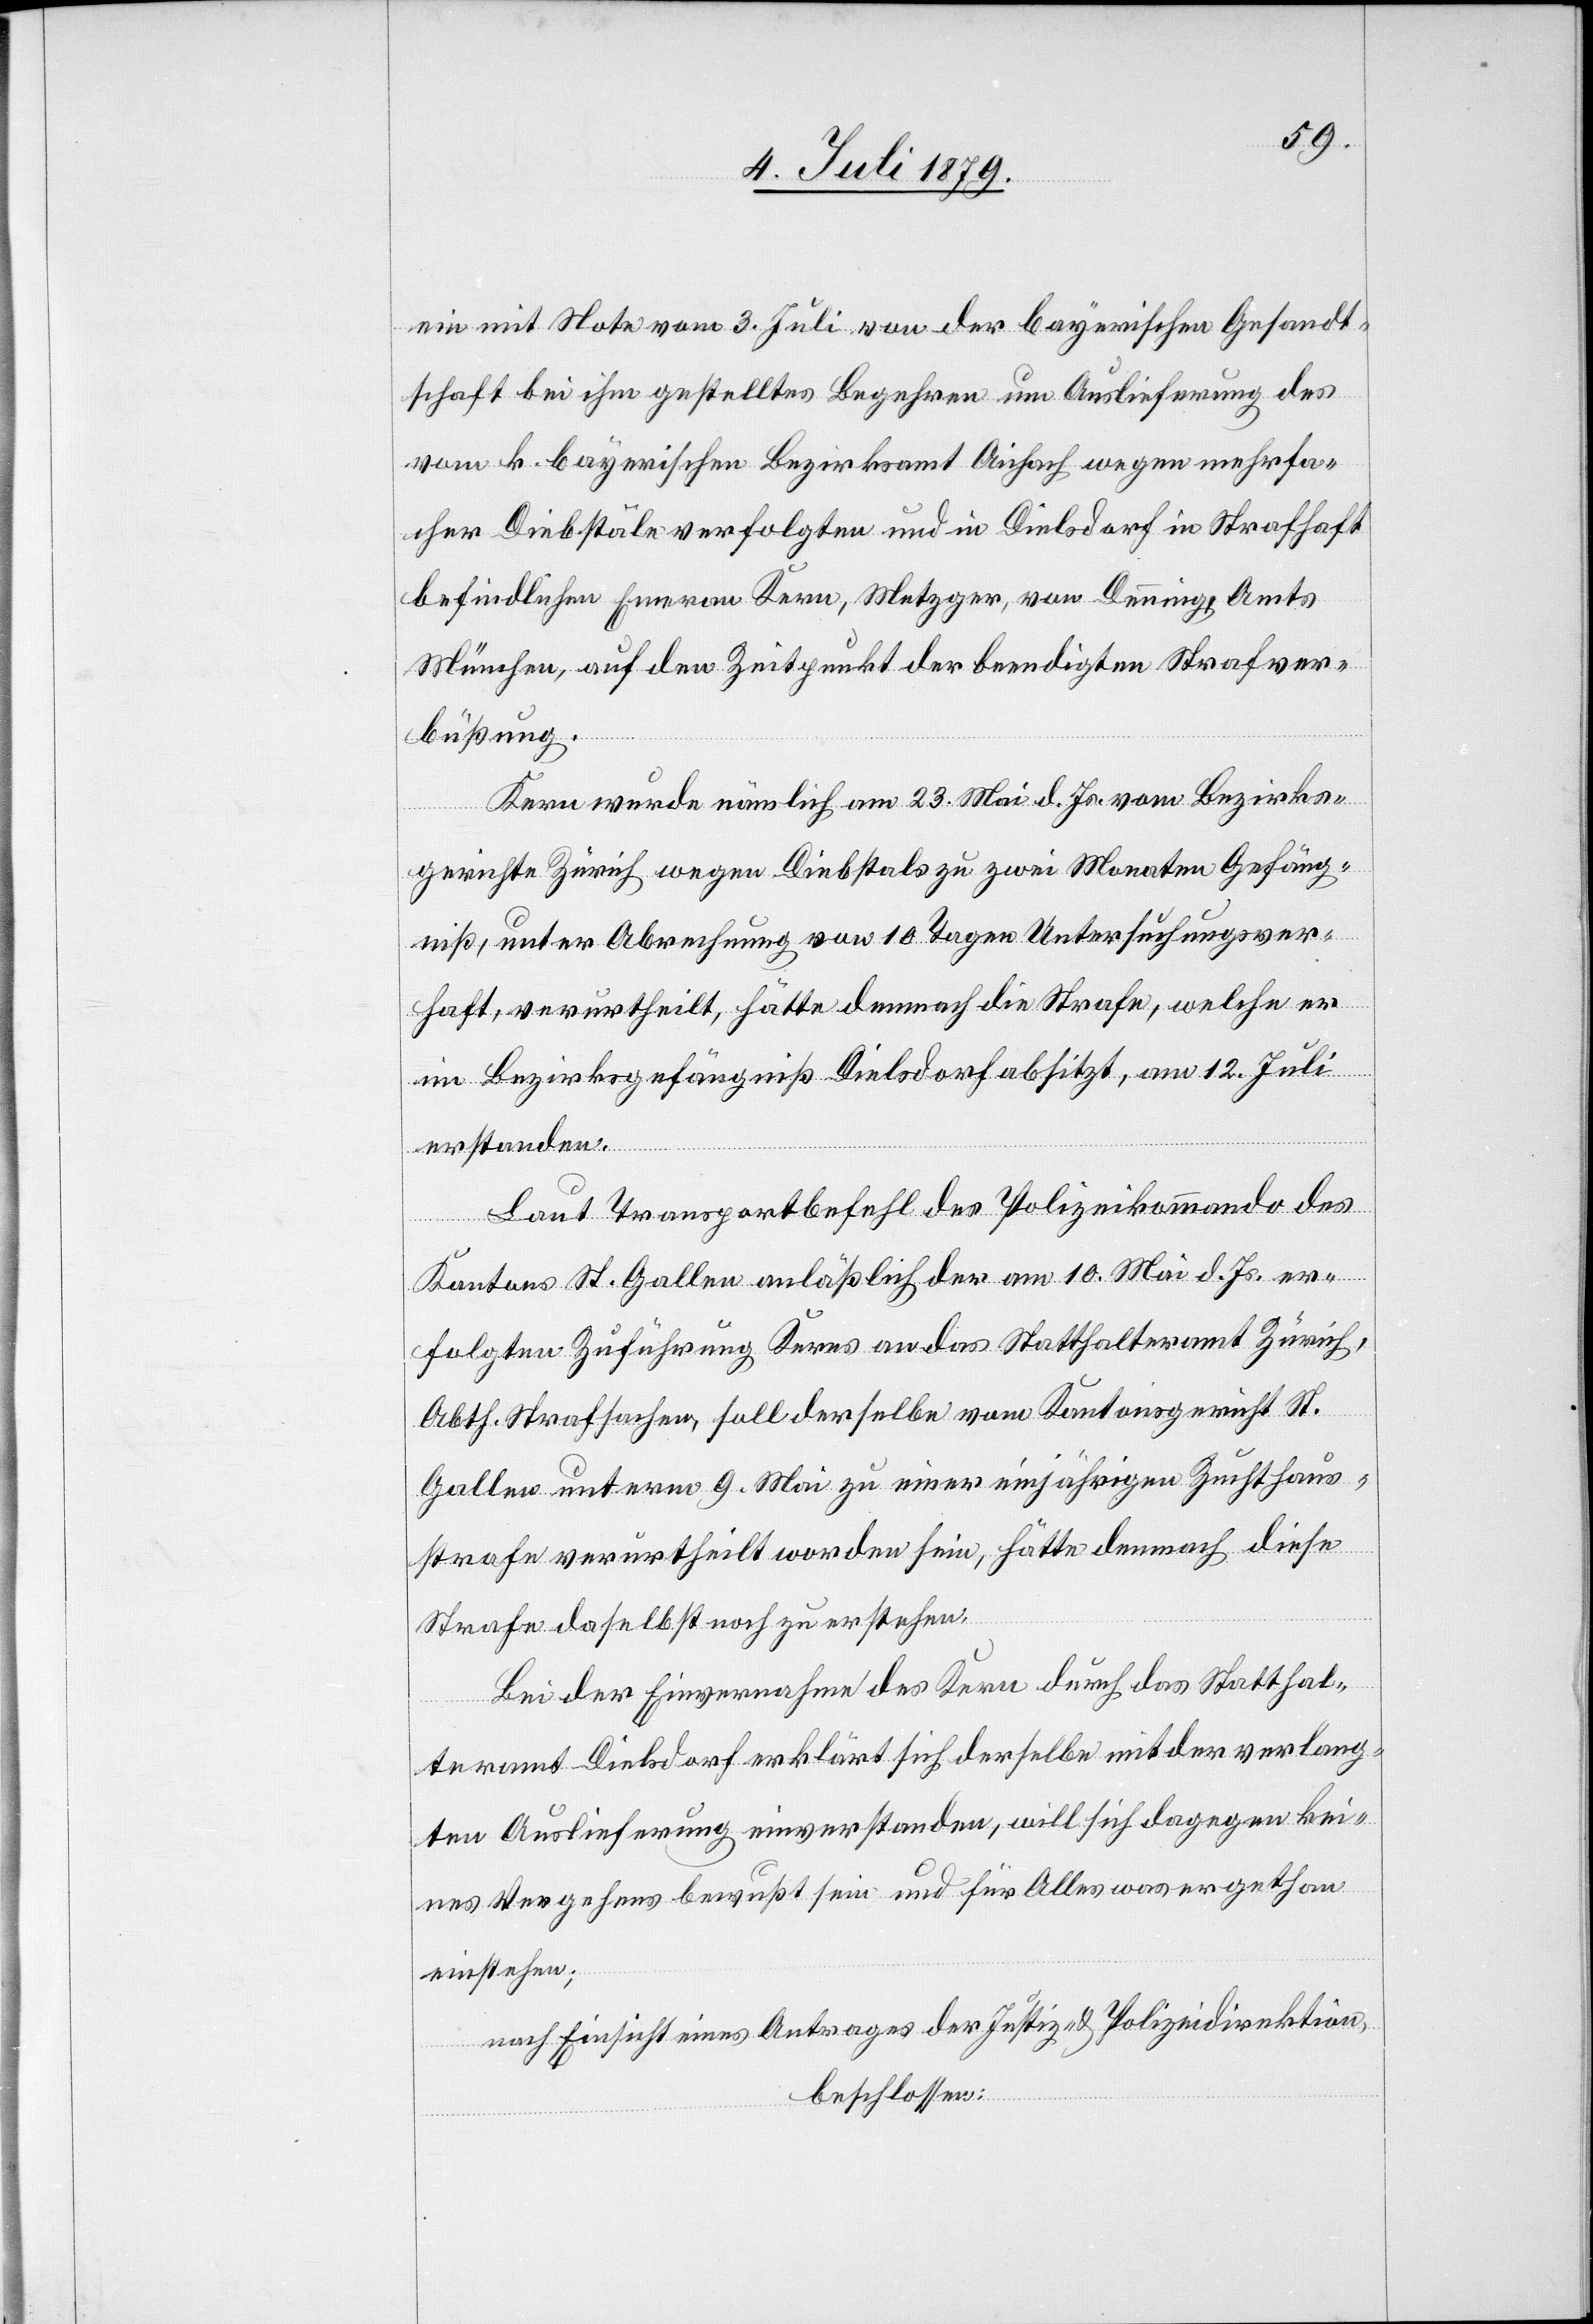
ein mit Note vom 3. Juli von der bayerischen Gesandt¬
schaft bei ihm gestelltes Begehren um Auslieferung des
vom k. bayerischen Bezirksamt Aichach wegen mehrfa¬
cher Diebstäle verfolgten und in Dielsdorf in Strafhaft
befindlichen Emeran Kern, Metzger, von Denning, Amts
München, auf den Zeitpunkt der beendigten Strafver¬
büßung.
Kern wurde nämlich am 23. Mai d. Js. vom Bezirks¬
gerichte Zürich wegen Diebstals zu zwei Monaten Gefäng¬
niß, unter Abrechnung von 10 Tagen Untersuchungsver¬
haft, verurtheilt, hätte demnach die Strafe, welche er
im Bezirksgefängniß Dielsdorf absitzt, am 12. Juli
erstanden.
Laut Transportbefehl des Polizeikommando des
Kantons St. Gallen anläßlich der am 10. Mai d. Js. er¬
folgten Zuführung Kerns an das Statthalteramt Zürich,
Abth. Strafsachen, soll derselbe vom Kantonsgericht St.
Gallen unterm 9. Mai zu einer einjährigen Zuchthaus¬
strafe verurtheilt worden sein, hätte demnach diese
Strafe daselbst noch zu erstehen.
Bei der Einvernahme des Kern durch das Statthal¬
teramt Dielsdorf erklärt sich derselbe mit der verlang¬
ten Auslieferung einverstanden, will sich dagegen kei¬
nes Vergehens bewußt sein und für Alles was er gethan
einstehen;
nach Einsicht eines Antrages der Justiz- & Polizeidirektion,
beschlossen: